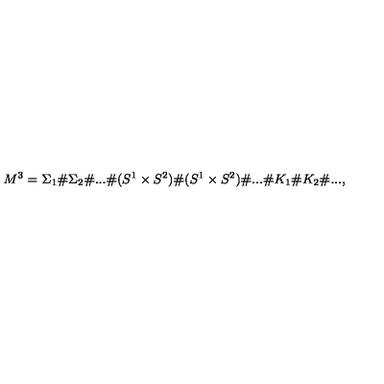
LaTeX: M ^ { 3 } = { \Sigma _ { 1 } } \# { \Sigma _ { 2 } } \# . . . \# ( S ^ { 1 } \times S ^ { 2 } ) \# ( S ^ { 1 } \times S ^ { 2 } ) \# . . . \# K _ { 1 } \# K _ { 2 } \# . . . ,